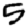
Digit: 5